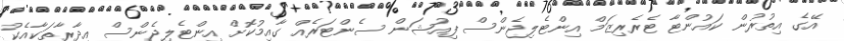
އޭގެ އިތުރުން ކައުންޓާ ޓެރެރިޒަމް އިންޓެލިޖެންސް ފިއުޝަން ސެންޓަރެއް ގާއިމުކޮށް އިންޓެލިޖެންސް އިދާރާތަކާއެކު